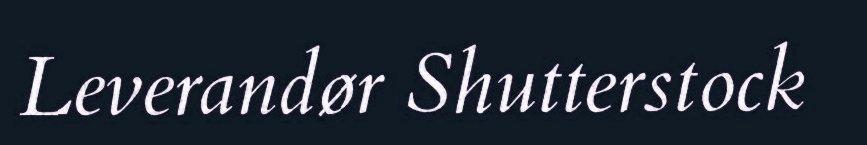
Leverandør Shutterstock